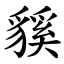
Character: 貕